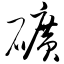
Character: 矿